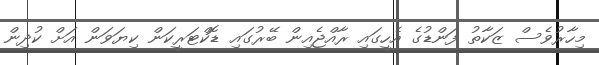
މިހާރުވެސް ޒަކާތު ފަންޑުގެ އެހީގައި ރާއްޖެއިން ބޭރުގައި ޑޮކްޓަރީކަން ކިޔަވަން އަށް ކުދިން